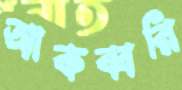
আকব্বরি